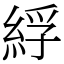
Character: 綒